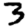
Digit: 3